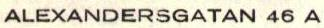
ALEXANDERSGATAN 46 A